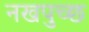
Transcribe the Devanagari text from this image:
नखपुच्छ